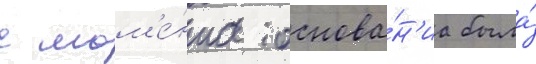
с мом'е́нта основа́н'иа была́